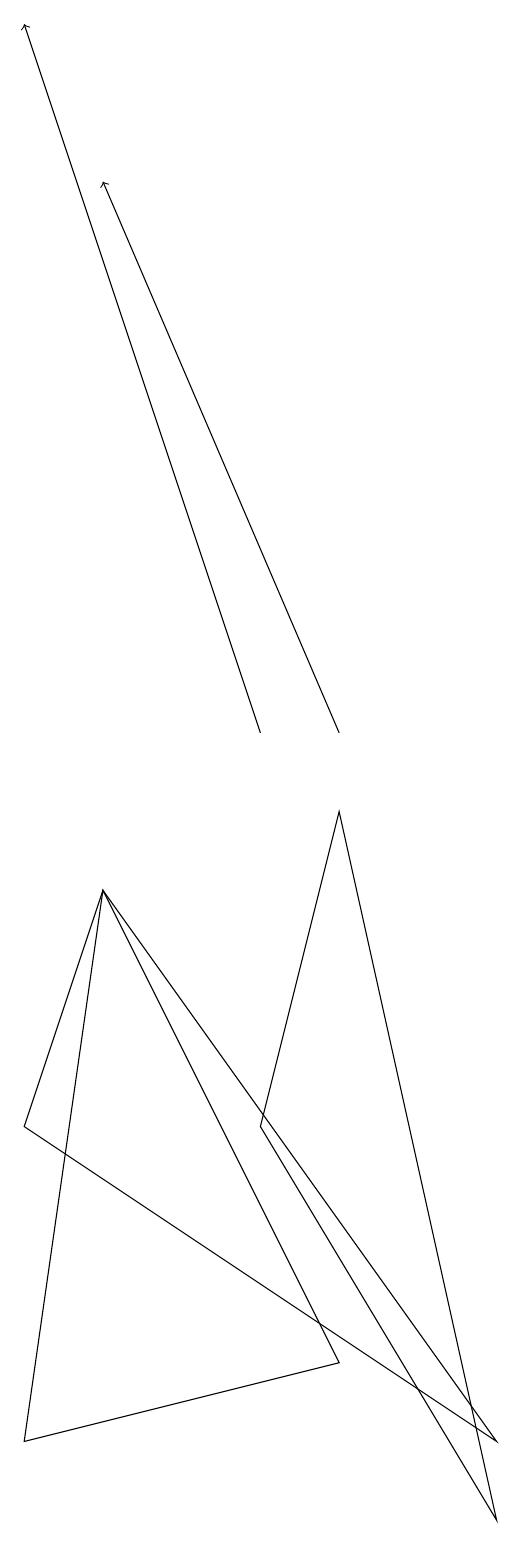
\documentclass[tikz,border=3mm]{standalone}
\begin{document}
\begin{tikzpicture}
\draw (8,1) -- (2,5) -- (3,8) -- cycle;
\draw (6,9) -- (5,5) -- (8,0) -- cycle;
\draw[->] (6,10) -- (3,17);
\draw (2,1) -- (3,8) -- (6,2) -- cycle;
\draw[->] (5,10) -- (2,19);
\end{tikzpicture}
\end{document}